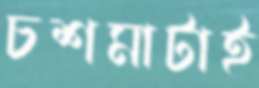
চশমাটাই